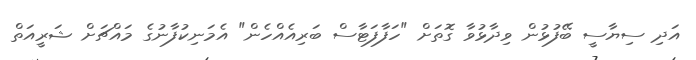
އަދި ސިޔާސީ ބޭފުޅުން ވިދާޅުވާ ގޮތަށް "ހަފާފަޓާސް ބަރިއެއްހެން" އެމަނިކުފާނުގެ މައްޗަށް ޝަރީއަތް